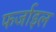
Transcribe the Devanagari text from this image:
फर्जाइल